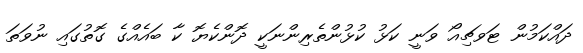
ދައްކަމުން ޓަވޗިއޯ ވަނީ ކަޅު ކުޅުންތެރިންނަކީ ދޮންކެޔޮ ކާ ބައެއްގެ ގޮތުގައި ނުވަތަ